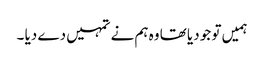
ہمیں تو جو دیا تھا وہ ہم نے تمہیں دے دیا ۔